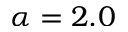
\alpha = 2 . 0